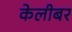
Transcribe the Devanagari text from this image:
केलीबर